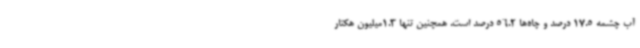
آب چشمه 17.5 درصد و چاه‌ها 56.2 درصد است. همچنین تنها 1.3میلیون هکتار